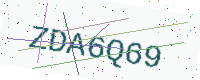
Text: ZDA6Q69